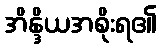
အိန္ဒိယအစိုးရ၏